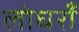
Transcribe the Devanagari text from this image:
लोधराँ